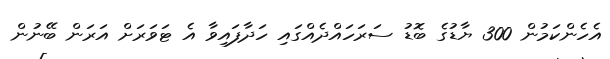
އެހެންކަމުން 300 ޔާޑުގެ ބޮޑު ސަރަހައްދެއްގައި ހަދާފައިވާ އެ ޓަވަރަށް އަރަން ބޭނުން